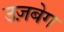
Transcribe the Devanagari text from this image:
उज़बेग